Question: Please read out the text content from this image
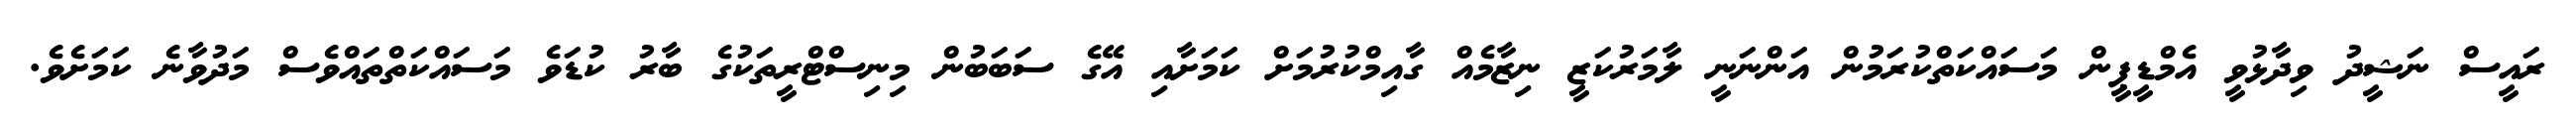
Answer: ރައީސް ނަޝީދު ވިދާޅުވީ އެމްޑީޕީން މަސައްކަތްކުރަމުން އަންނަނީ ލާމަރުކަޒީ ނިޒާމެއް ގާއިމްކުރުމަށް ކަމަށާއި އޭގެ ސަބަބުން މިނިސްޓްރީތަކުގެ ބާރު ކުޑަވެ މަސައްކަތްތައްވެސް މަދުވާނެ ކަމަށެވެ.